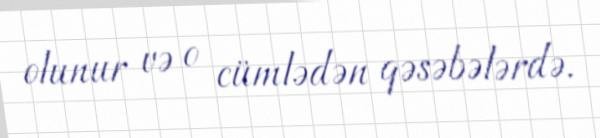
olunur və o cümlədən qəsəbələrdə.